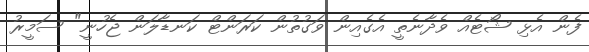
ފެން އެޅި ޝޯޓެއް ވެދާނެތީ އެގެއިން ވަގުތުން ކަރަންޓް ކަނޑާލަން ޖެހުނީ" ސަމީރު